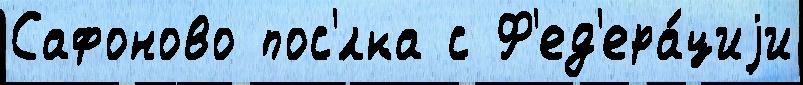
Сафоново пос'́лка с Ф'ед'ера́циjи